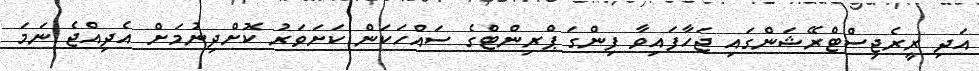
އަދި ރީރެޖިސްޓްރޭޝަންގައި ޖަހާފައިވާ ފިންގަ ޕްރިންޓްގެ ސައްހަކަން ކަށަވަރު ކޮށްދިނުމަށް އެދިއްޖެ ނަމަ